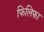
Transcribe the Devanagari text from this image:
फिलिफा